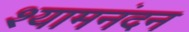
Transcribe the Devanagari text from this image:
श्यामनंदन